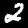
Digit: 2